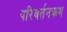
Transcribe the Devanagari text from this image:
परिवर्तनक्रम